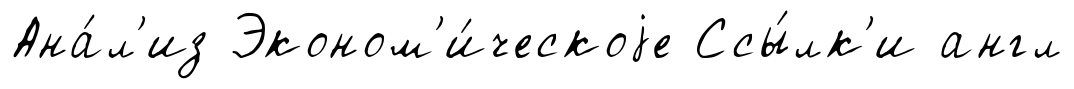
Ана́л'из Эконом'и́ческоjе Ссы́лк'и англ